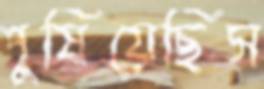
পুষিয়েছিস